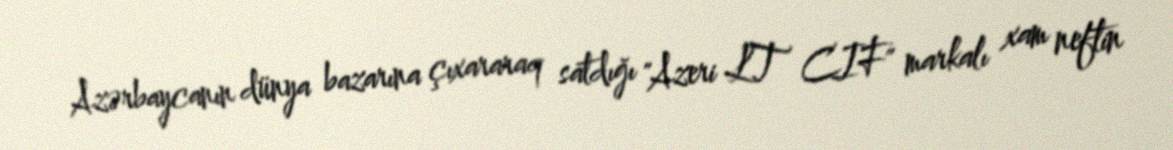
Azərbaycanın dünya bazarına çıxararaq satdığı "Azeri LT CIF" markalı xam neftin